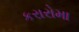
કરારોમા